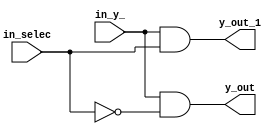
module DEMUX_DATA(y_out,y_out_1,in_y_,in_selec);

output y_out,y_out_1;
input in_y_;
input in_selec;
assign y_out=~((~(in_y_&(~(in_selec&in_selec))))&(~(in_y_&(~(in_selec&in_selec)))));
assign y_out_1=~((~(in_y_&in_selec))&(~(in_y_&in_selec)));
endmodule